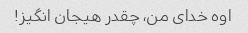
اوه خدای من، چقدر هیجان انگیز!